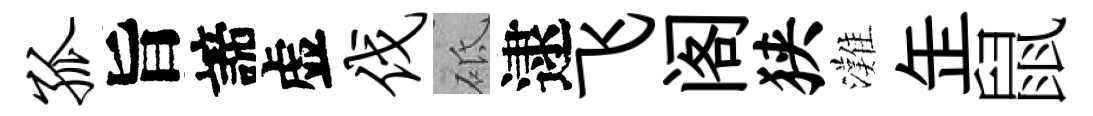
孤旨諦虚伐砥逮飞阁狭灘𦈢鼠